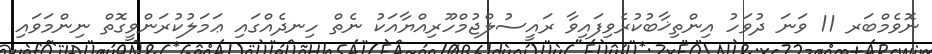
ނޮވެމްބަރ 11 ވަނަ ދުވަހު އިންތިޚާބުކުރެވިފައިވާ ރައީސުލްޖުމްހޫރިއްޔާއަކު ނެތް ހިނދެއްގައި ޢަމަލުކުރަންވީގޮތް ނިންމަވައި